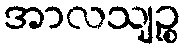
အာလသျဉ္စ